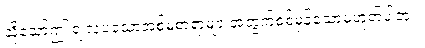
သို့သော်ဤ ရဲ့လှပသောအစ်မစာရာများအတွက်စစ်မှန်သောမဟုတ်ပါဘူး။